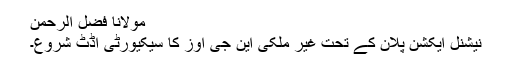
مولانا فضل الرحمٰن
نیشنل ایکشن پلان کے تحت غیر ملکی این جی اوز کا سیکیورٹی آڈٹ شروع۔